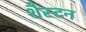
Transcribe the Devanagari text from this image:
शैस्टन